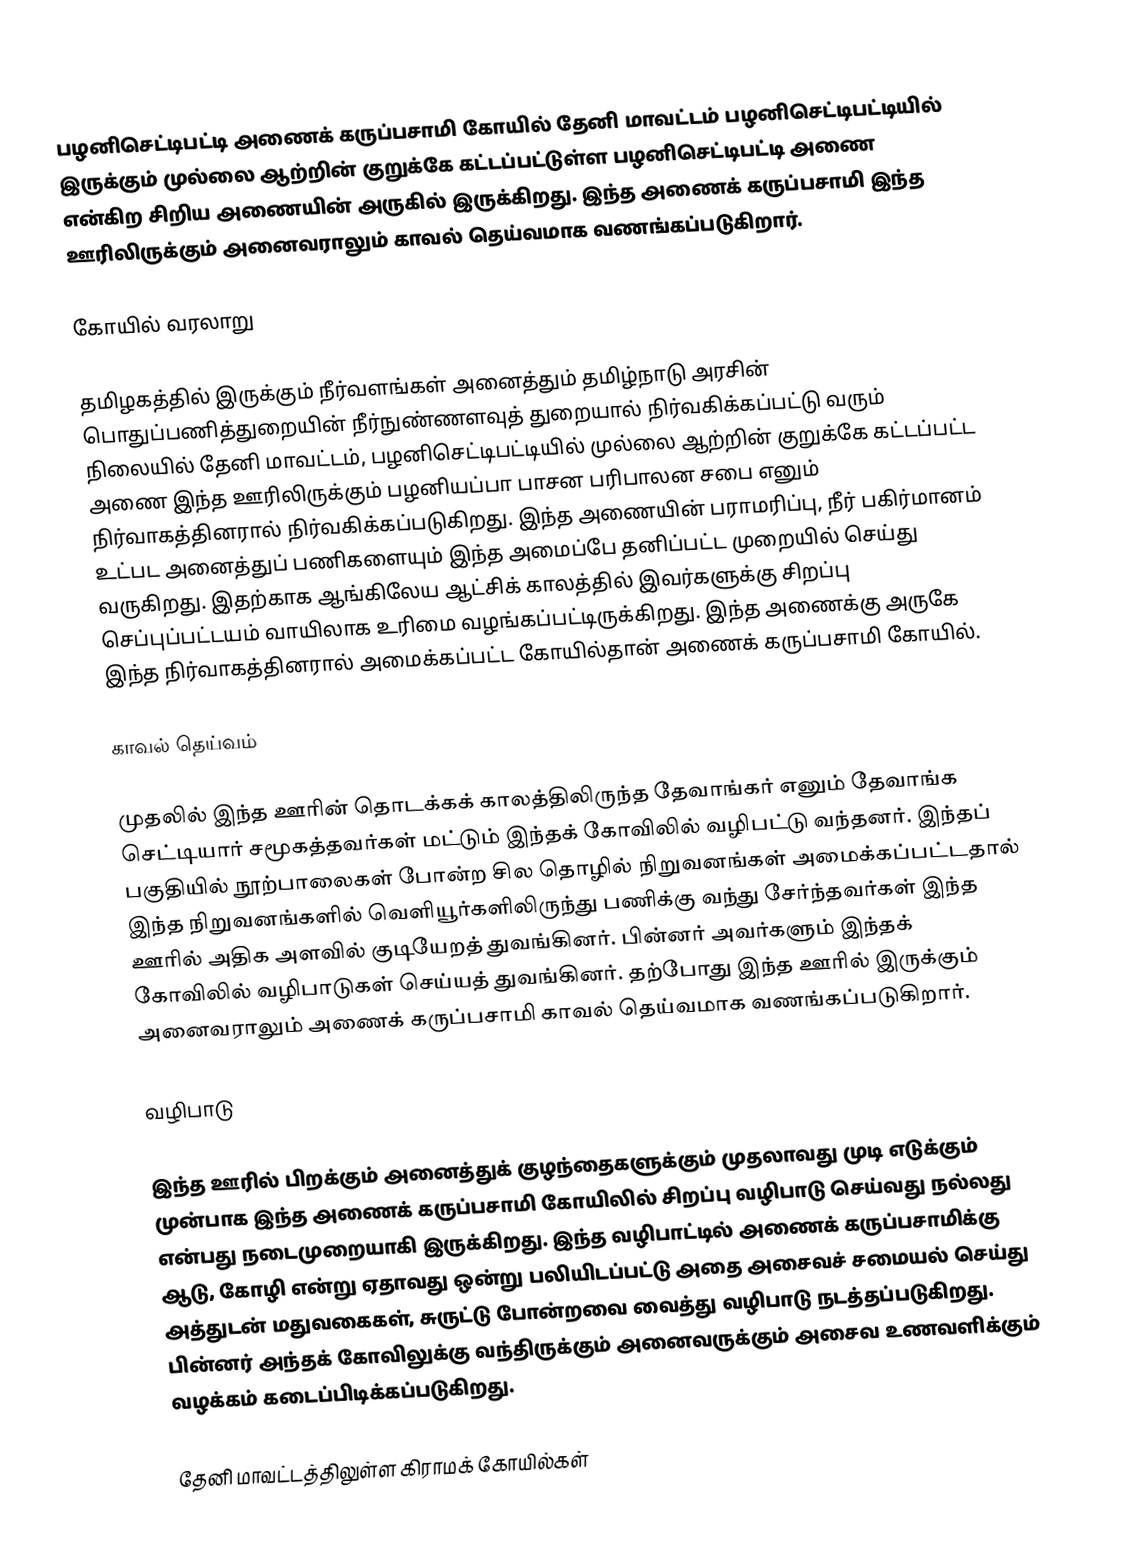
பழனிசெட்டிபட்டி அணைக் கருப்பசாமி கோயில் தேனி மாவட்டம் பழனிசெட்டிபட்டியில் இருக்கும் முல்லை ஆற்றின் குறுக்கே கட்டப்பட்டுள்ள பழனிசெட்டிபட்டி அணை என்கிற சிறிய அணையின் அருகில் இருக்கிறது. இந்த அணைக் கருப்பசாமி இந்த ஊரிலிருக்கும் அனைவராலும் காவல் தெய்வமாக வணங்கப்படுகிறார்.

கோயில் வரலாறு

தமிழகத்தில் இருக்கும் நீர்வளங்கள் அனைத்தும் தமிழ்நாடு அரசின் பொதுப்பணித்துறையின் நீர்நுண்ணளவுத் துறையால் நிர்வகிக்கப்பட்டு வரும் நிலையில் தேனி மாவட்டம், பழனிசெட்டிபட்டியில் முல்லை ஆற்றின் குறுக்கே கட்டப்பட்ட அணை இந்த ஊரிலிருக்கும் பழனியப்பா பாசன பரிபாலன சபை எனும் நிர்வாகத்தினரால் நிர்வகிக்கப்படுகிறது. இந்த அணையின் பராமரிப்பு, நீர் பகிர்மானம் உட்பட அனைத்துப் பணிகளையும் இந்த அமைப்பே தனிப்பட்ட முறையில் செய்து வருகிறது. இதற்காக ஆங்கிலேய ஆட்சிக் காலத்தில் இவர்களுக்கு சிறப்பு செப்புப்பட்டயம் வாயிலாக உரிமை வழங்கப்பட்டிருக்கிறது. இந்த அணைக்கு அருகே இந்த நிர்வாகத்தினரால் அமைக்கப்பட்ட கோயில்தான் அணைக் கருப்பசாமி கோயில்.

காவல் தெய்வம்

முதலில் இந்த ஊரின் தொடக்கக் காலத்திலிருந்த தேவாங்கர் எனும் தேவாங்க செட்டியார் சமூகத்தவர்கள் மட்டும் இந்தக் கோவிலில் வழிபட்டு வந்தனர். இந்தப் பகுதியில் நூற்பாலைகள் போன்ற சில தொழில் நிறுவனங்கள் அமைக்கப்பட்டதால் இந்த நிறுவனங்களில் வெளியூர்களிலிருந்து பணிக்கு வந்து சேர்ந்தவர்கள் இந்த ஊரில் அதிக அளவில் குடியேறத் துவங்கினர். பின்னர் அவர்களும் இந்தக் கோவிலில் வழிபாடுகள் செய்யத் துவங்கினர். தற்போது இந்த ஊரில் இருக்கும் அனைவராலும் அணைக் கருப்பசாமி காவல் தெய்வமாக வணங்கப்படுகிறார்.

வழிபாடு

இந்த ஊரில் பிறக்கும் அனைத்துக் குழந்தைகளுக்கும் முதலாவது முடி எடுக்கும் முன்பாக இந்த அணைக் கருப்பசாமி கோயிலில் சிறப்பு வழிபாடு செய்வது நல்லது என்பது நடைமுறையாகி இருக்கிறது. இந்த வழிபாட்டில் அணைக் கருப்பசாமிக்கு ஆடு, கோழி என்று ஏதாவது ஒன்று பலியிடப்பட்டு அதை அசைவச் சமையல் செய்து அத்துடன் மதுவகைகள், சுருட்டு போன்றவை வைத்து  வழிபாடு நடத்தப்படுகிறது. பின்னர் அந்தக் கோவிலுக்கு வந்திருக்கும் அனைவருக்கும் அசைவ உணவளிக்கும் வழக்கம் கடைப்பிடிக்கப்படுகிறது.

தேனி மாவட்டத்திலுள்ள கிராமக் கோயில்கள்